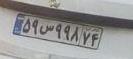
۵۹س۹۹۸۷۴